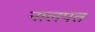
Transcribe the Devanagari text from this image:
नालपत